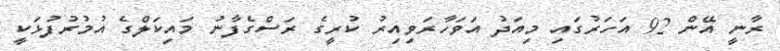
ރާނީ އޭން 92 އަހަރުގައި މިއަދު އަވަހާރަވިއިރު ކުރީގެ ރަސްގެފާނު މައިކަލްގެ އުމުރުފުޅަކީ